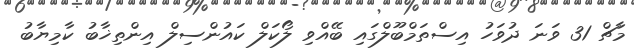
މާޗް 31 ވަނަ ދުވަހު އިސްތަމްބޫލްގައި ބޭއްވި ލޯކަލް ކައުންސިލް އިންތިޚާބު ކާމިޔާބު